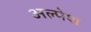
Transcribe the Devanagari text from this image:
अल्पेश